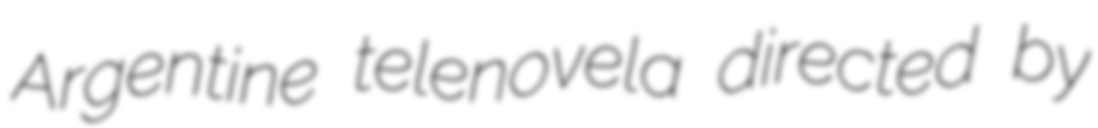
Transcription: Argentine telenovela directed by